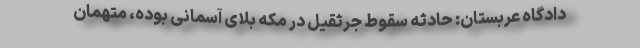
دادگاه عربستان: حادثه سقوط جرثقیل در مکه بلای آسمانی بوده، متهمان